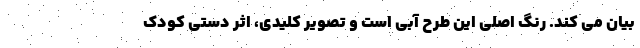
بیان می کند. رنگ اصلی این طرح آبی است و تصویر کلیدی، اثر دستی کودک